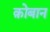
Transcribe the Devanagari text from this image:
क़ोबान